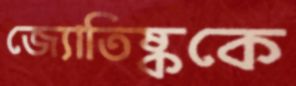
জ্যোতিষ্ককে